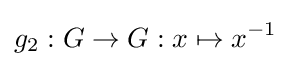
g_{2}:G\to G:x\mapsto x^{-1}